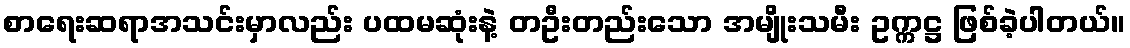
စာရေးဆရာအသင်းမှာလည်း ပထမဆုံးနဲ့ တဦးတည်းသော အမျိုးသမီး ဥက္ကဋ္ဌ ဖြစ်ခဲ့ပါတယ်။